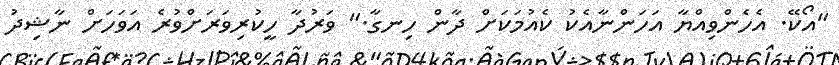
"އޯކޭ. އެހެންވިއްޔާ އަހަންނާއެކު ކެއުމަކަށް ދާން ހިނގާ." ވަރުދާ ހީކުރިވަރަށްވުރެ އަވަހަށް ނާޝިދު